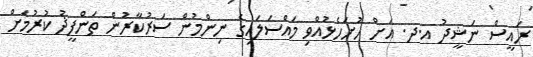
ރައީސް ނަޝީދު އ.ދ. އަށް ހުށަހެޅުއްވި މައްސަލައިގެ ނިންމުން ސަރުކާރުން ތަންފީޛު ކުރުމަށް